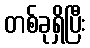
တစ်ခုရှိပြီး